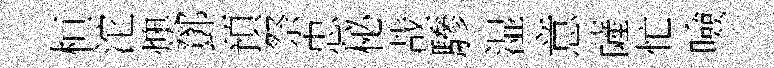
桓沱燠鄧預祭忠秘哉驂湿意薩忙噞